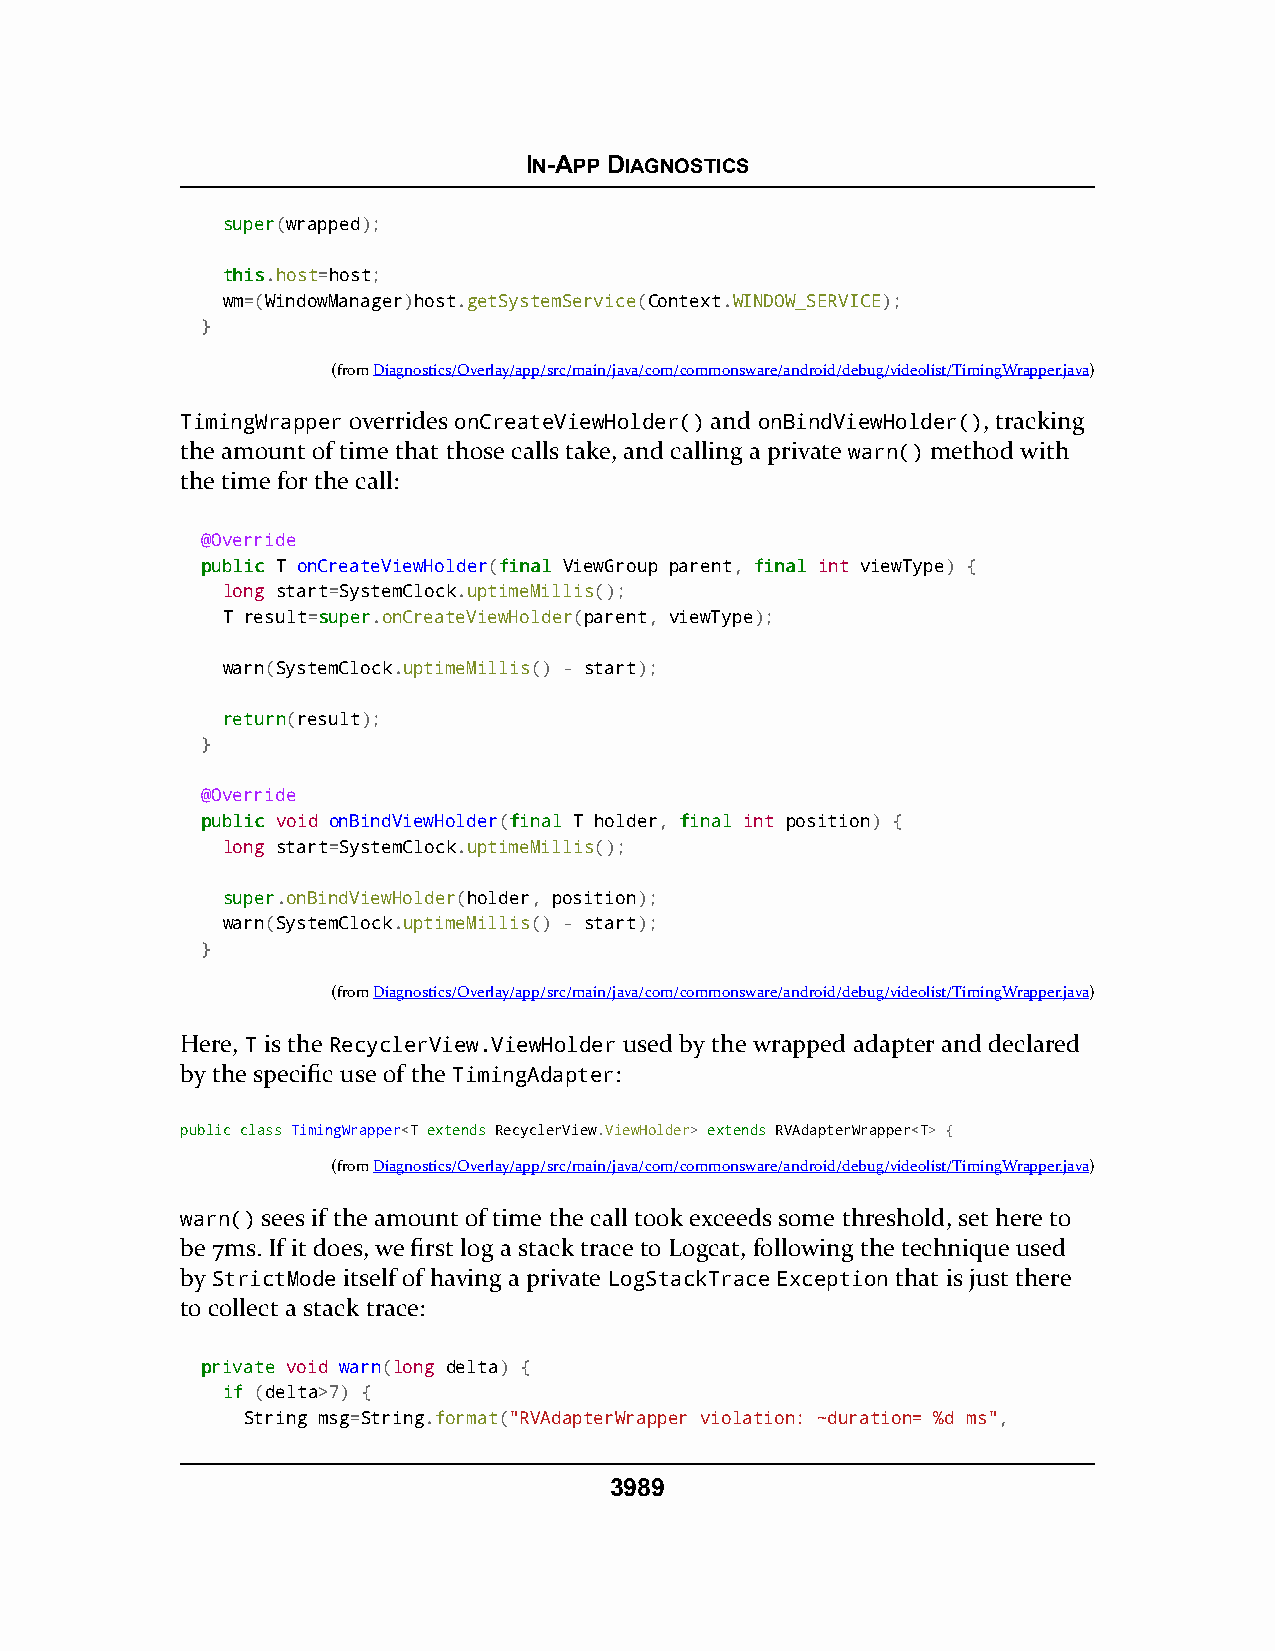
IN-APP DIAGNOSTICS
 ssuuppeerr(wrapped);
 tthhiiss.host=host;
 wm=(WindowManager)host.getSystemService(Context.WINDOW_SERVICE);
 }
 (fromDiagnostics/Overlay/app/src/main/java/com/commonsware/android/debug/videolist/TimingWrapper.java)
 TimingWrapper overrides onCreateViewHolder() and onBindViewHolder(), tracking
 the amount of time that those calls take, and calling a private warn() method with
 the time for the call:
 @Override
 ppuubblliicc T onCreateViewHolder(ffiinnaall ViewGroup parent, ffiinnaall int viewType) {
 long start=SystemClock.uptimeMillis();
 T result=ssuuppeerr.onCreateViewHolder(parent, viewType);
 warn(SystemClock.uptimeMillis() - start);
 rreettuurrnn(result);
 }
 @Override
 ppuubblliicc void onBindViewHolder(ffiinnaall T holder, ffiinnaall int position) {
 long start=SystemClock.uptimeMillis();
 ssuuppeerr.onBindViewHolder(holder, position);
 warn(SystemClock.uptimeMillis() - start);
 }
 (fromDiagnostics/Overlay/app/src/main/java/com/commonsware/android/debug/videolist/TimingWrapper.java)
 Here, T is the RecyclerView.ViewHolder used by the wrapped adapter and declared
 by the specific use of the TimingAdapter:
 ppuubblliicc ccllaassss TTiimmiinnggWWrraappppeerr<T eexxtteennddss RecyclerView.ViewHolder> eexxtteennddss RVAdapterWrapper<T> {
 (fromDiagnostics/Overlay/app/src/main/java/com/commonsware/android/debug/videolist/TimingWrapper.java)
 warn() sees if the amount of time the call took exceeds some threshold, set here to
 be 7ms. If it does, we first log a stack trace to Logcat, following the technique used
 by StrictMode itself of having a private LogStackTrace Exception that is just there
 to collect a stack trace:
 pprriivvaattee void warn(long delta) {
 iiff (delta>7) {
 String msg=String.format("RVAdapterWrapper violation: ~duration= %d ms",
 3989